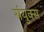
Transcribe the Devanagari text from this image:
संयुक्स